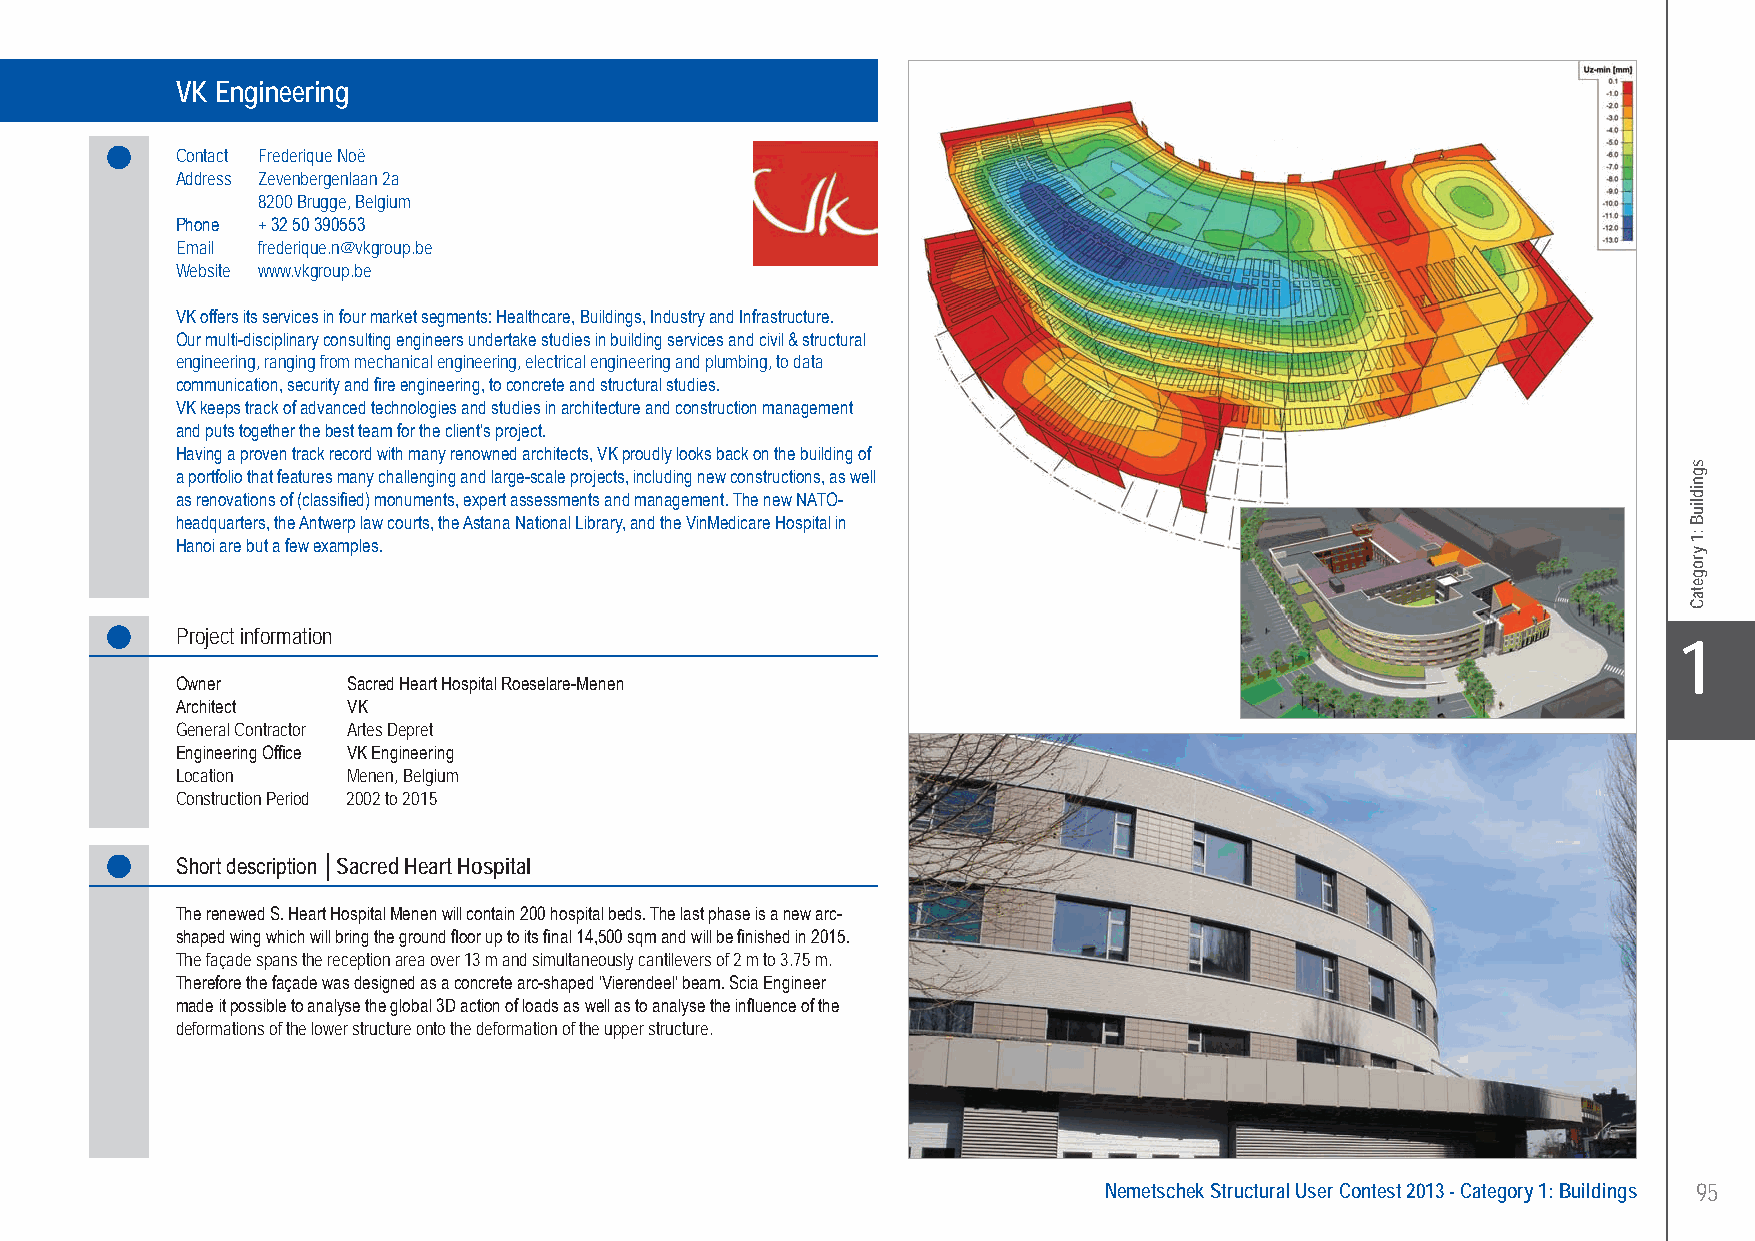
VK Engineering . . . . . . . . . . . . . . . . . Sacred Heart Hospital - Menen, Belgium
 VK Engineering
 Contact Frederique Noë
 Address Zevenbergenlaan 2a
 8200 Brugge, Belgium
 Phone + 32 50 390553
 Email frederique.n@vkgroup.be
 Website www.vkgroup.be
 VK offers its services in four market segments: Healthcare, Buildings, Industry and Infrastructure.
 Our multi-disciplinary consulting engineers undertake studies in building services and civil & structural
 engineering, ranging from mechanical engineering, electrical engineering and plumbing, to data
 communication, security and fire engineering, to concrete and structural studies.
 VK keeps track of advanced technologies and studies in architecture and construction management
 and puts together the best team for the client’s project.
 Having a proven track record with many renowned architects, VK proudly looks back on the building of
 a portfolio that features many challenging and large-scale projects, including new constructions, as well
 as renovations of (classified) monuments, expert assessments and management. The new NATO-
 headquarters, the Antwerp law courts, the Astana National Library, and the VinMedicare Hospital in
 Hanoi are but a few examples.
 Project information
 X1
 Owner      Sacred Heart Hospital Roeselare-Menen
 Architect  VK
 General Contractor Artes Depret
 Engineering Office VK Engineering
 Location   Menen, Belgium
 Construction Period 2002 to 2015
 Short description │Sacred Heart Hospital
 The renewed S. Heart Hospital Menen will contain 200 hospital beds. The last phase is a new arc-
 shaped wing which will bring the ground floor up to its final 14,500 sqm and will be finished in 2015.
 The façade spans the reception area over 13 m and simultaneously cantilevers of 2 m to 3.75 m.
 Therefore the façade was designed as a concrete arc-shaped ‘Vierendeel’ beam. Scia Engineer
 made it possible to analyse the global 3D action of loads as well as to analyse the influence of the
 deformations of the lower structure onto the deformation of the upper structure.
 Nemetschek Structural User Contest 2013 - Category 1: Buildings 95
 UC-2013-Book-V8.indd 95                                                                                   7/11/2013 12:22:26 PM
 sgnidliuB
 :1
 yrogetaC